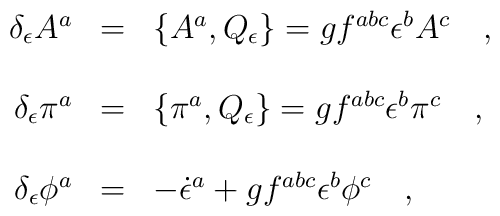
\begin{array}{r c l}\delta_\epsilon A^a&=&\{A^a,Q_\epsilon\}=gf^{abc}\epsilon^b A^c\ \ \ ,\\ \\\delta_\epsilon \pi^a&=&\{\pi^a,Q_\epsilon\}=gf^{abc}\epsilon^b \pi^c\ \ \ ,\\ \\\delta_\epsilon \phi^a&=&-\dot{\epsilon}^a+gf^{abc}\epsilon^b\phi^c\ \ \ ,\end{array}